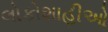
લોકોશાહીઓ